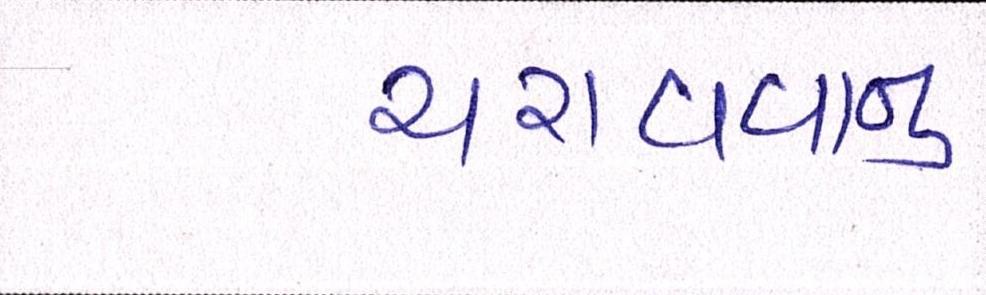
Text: ચરાવવાનુ